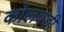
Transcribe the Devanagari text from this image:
कोलवडी